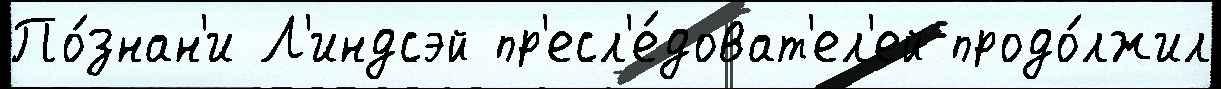
По́знан'и Л'индсэй пр'есл'е́доват'ел'ей продо́лжил